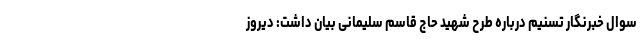
سوال خبرنگار تسنیم درباره طرح شهید حاج قاسم سلیمانی بیان داشت: دیروز